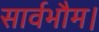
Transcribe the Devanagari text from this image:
सार्वभौम।